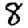
Digit: 8